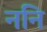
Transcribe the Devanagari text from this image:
ननि